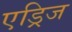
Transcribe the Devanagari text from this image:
एड्रिज